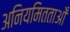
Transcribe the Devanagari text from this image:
अनियमितताओँ